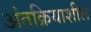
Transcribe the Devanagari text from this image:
अंतक्रियाशील